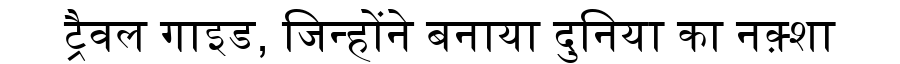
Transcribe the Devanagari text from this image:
ट्रैवल गाइड, जिन्होंने बनाया दुनिया का नक़्शा